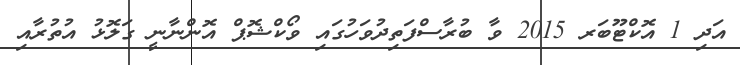
އަދި 1 އޮކްޓޫބަރ 2015 ވާ ބުރާސްފަތިދުވަހުގައި ވޯކްޝޮޕް އޮންނާނީ ގަލޮޅު އުތުރާއި